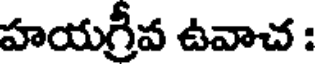
హయగ్రీవ ఉవాచ :